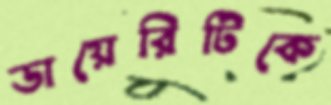
ডায়েরিটিকে